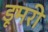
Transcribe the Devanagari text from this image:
डूमरी